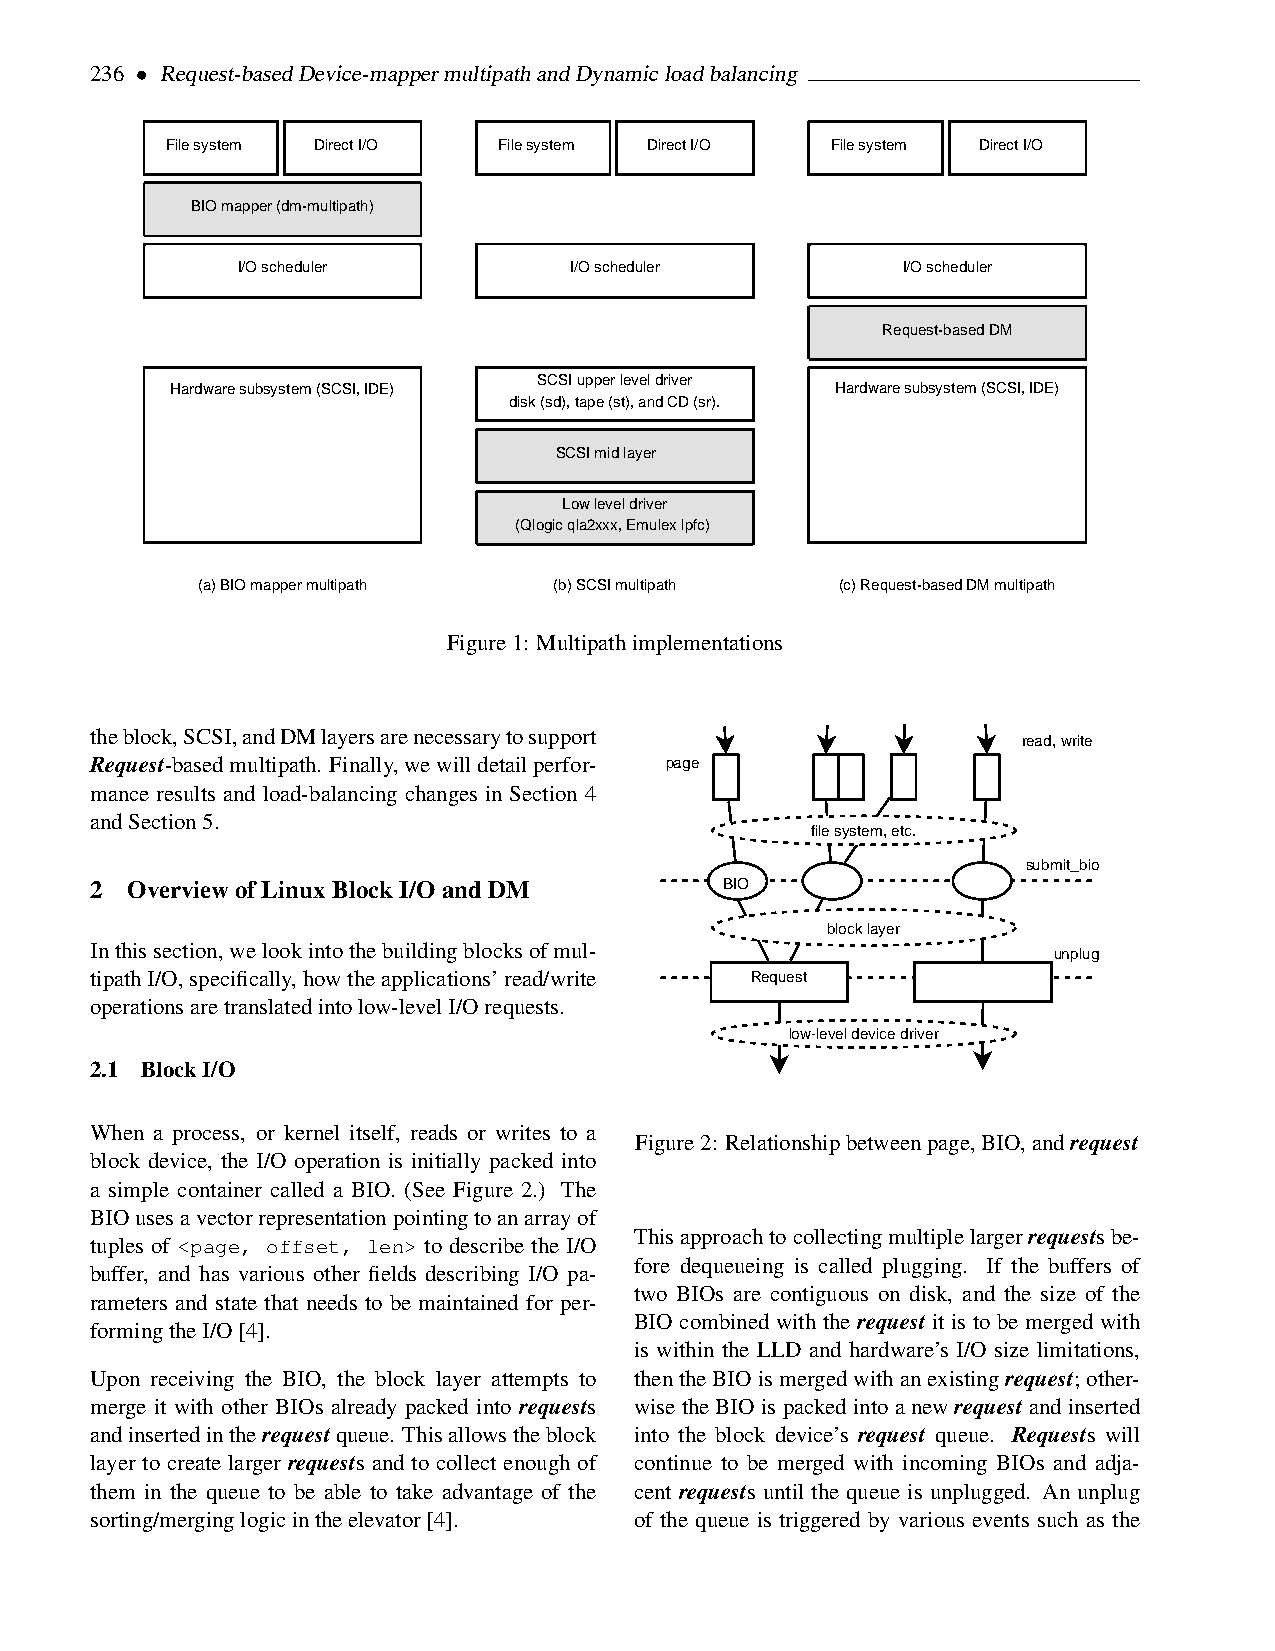
236 • Request-basedDevice-mappermultipathandDynamicloadbalancing
 File system Direct I/O File system Direct I/O File system Direct I/O
 BIO mapper (dm-multipath)
 I/O scheduler         I/O scheduler         I/O scheduler
 Request-based DM
 SCSI upper level driver
 Hardware subsystem (SCSI, IDE)              Hardware subsystem (SCSI, IDE)
 disk (sd), tape (st), and CD (sr).
 SCSI mid layer
 Low level driver
 (Qlogic qla2xxx, Emulex lpfc)
 (a) BIO mapper multipath (b) SCSI multipath (c) Request-based DM multipath
 Figure1: Multipathimplementations
 theblock,SCSI,andDMlayersarenecessarytosupport
 read, write
 Request-basedmultipath. Finally,wewilldetailperfor- page
 mance results and load-balancing changes in Section 4
 andSection5.
 file system, etc.
 submit_bio
 2 OverviewofLinuxBlockI/OandDM            BIO
 block layer
 Inthissection,welookintothebuildingblocksofmul-
 unplug
 tipathI/O,specifically,howtheapplications’read/write Request
 operationsaretranslatedintolow-levelI/Orequests.
 low-level device driver
 2.1 BlockI/O
 When a process, or kernel itself, reads or writes to a
 Figure2: Relationshipbetweenpage,BIO,andrequest
 block device, the I/O operation is initially packed into
 a simple container called a BIO. (See Figure 2.) The
 BIOusesavectorrepresentationpointingtoanarrayof
 Thisapproachtocollectingmultiplelargerrequestsbe-
 tuples of <page, offset, len> to describe the I/O
 fore dequeueing is called plugging. If the buffers of
 buffer, and has various other fields describing I/O pa-
 two BIOs are contiguous on disk, and the size of the
 rameters and state that needs to be maintained for per-
 BIO combined with the request it is to be merged with
 formingtheI/O[4].
 is within the LLD and hardware’s I/O size limitations,
 Upon receiving the BIO, the block layer attempts to thentheBIOismergedwithanexistingrequest; other-
 merge it with other BIOs already packed into requests wise the BIO is packed into a new request and inserted
 andinsertedintherequestqueue. Thisallowstheblock into the block device’s request queue. Requests will
 layer to create larger requests and to collect enough of continue to be merged with incoming BIOs and adja-
 them in the queue to be able to take advantage of the cent requests until the queue is unplugged. An unplug
 sorting/merginglogicintheelevator[4]. of the queue is triggered by various events such as the